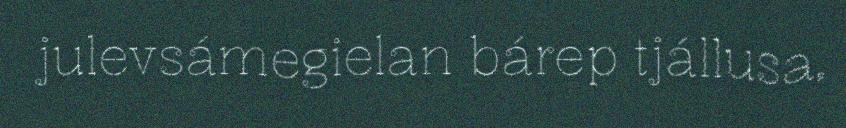
julevsámegielan bárep tjállusa,